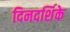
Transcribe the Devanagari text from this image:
दिनदर्शिके